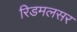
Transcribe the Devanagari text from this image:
रिडमलसर